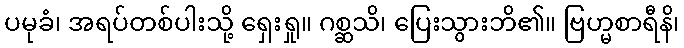
ပမုခံ၊ အရပ်တစ်ပါးသို့ ရှေးရှု။ ဂစ္ဆသိ၊ ပြေးသွားဘိ၏။ ဗြဟ္မစာရီနိ၊